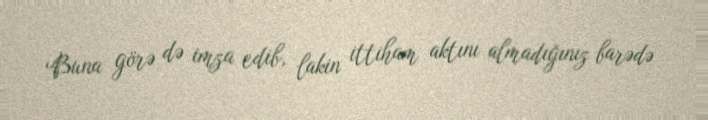
Buna görə də imza edib, lakin ittiham aktını almadığınız barədə